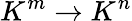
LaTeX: K^{m}\to K^{n}